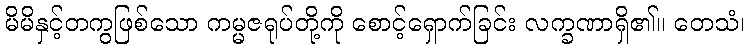
မိမိနှင့်တကွဖြစ်သော ကမ္မဇရုပ်တို့ကို စောင့်ရှောက်ခြင်း လက္ခဏာရှိ၏။ တေသံ၊